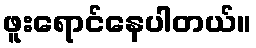
ဖူးရောင်နေပါတယ်။